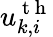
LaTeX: u_{k,i}^{\mathrm{~t~h~}}